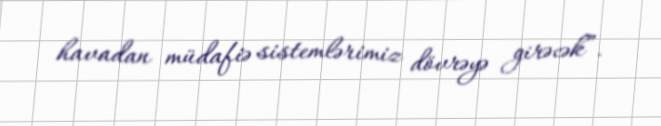
havadan müdafiə sistemlərimiz dövrəyə girəcək”.